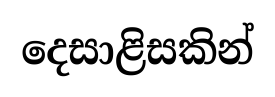
දෙසාළිසකින්